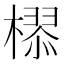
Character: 𣚉